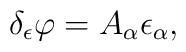
\delta _\epsilon \varphi =A_\alpha \epsilon _\alpha ,